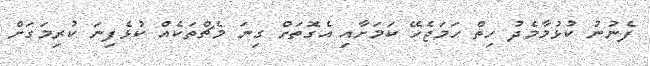
ފެނުނު ކުޅުމާމެދު ހިތް ހަމަޖެހޭ ކަމަށާއި އެގޮތަށް ގިނަ މެޗްތަކެއް ކުޅެފިނަ ކުރިމަގަށް